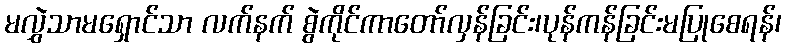
မလွှဲသာမရှောင်သာ လက်နက် စွဲကိုင်ကာတော်လှန်ခြင်း၊ပုန်ကန်ခြင်းမပြုစေရန်၊